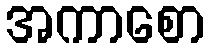
အကာစော